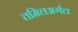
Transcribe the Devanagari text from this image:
तमिलअर्गल